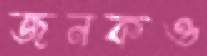
জনকও